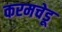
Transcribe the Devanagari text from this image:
करमचेडू